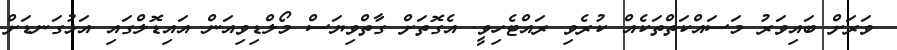
ވަރަށް ބައިވަރު މަސައްކަތްތަކެއް ކުރެވި ރައްޓެހިވީ. އެގޮތަށް ގާތްވިޔަސް މޯލްޑިވިއަން އައިޑޮލްގައި އަޅުގަނޑަށް